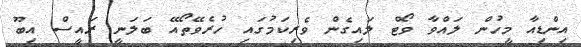
އިންޑިއާ މީހުން ލައްވާ ވޯޓް ލައިގެން ވެރިކަމުގައި ހުރެވޭތޯއޭ ބަލަނީ ރައީސް އިބޫ